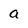
Character: a